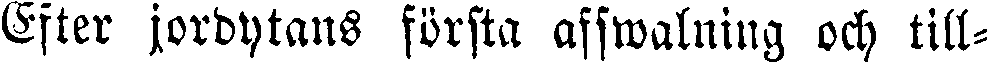
Efter jordytans första afswalning och till-